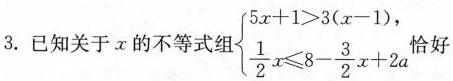
3.已知关于x的不等式组$$\begin{cases} 5 x + 1 > 3 ( x - 1 ) ， \\